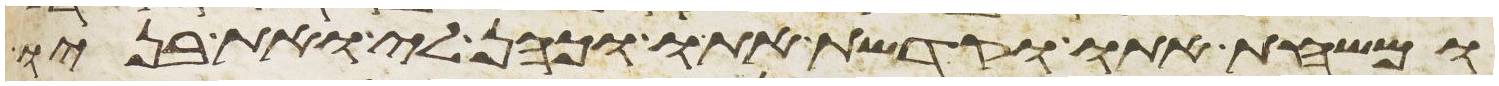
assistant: ומשחת אתו וקדשת אתו וכהן לי ואת בניו